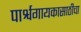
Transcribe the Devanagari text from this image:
पार्श्वगायकासाठीचा